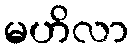
မဟိလာ